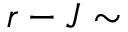
r - J \sim